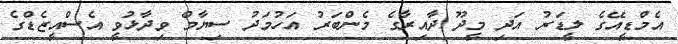
އެމްޑީއޭގެ ލީޑަރު އަދި މީދޫ ދާއިރާގެ މެންބަރު އަހުމަދު ސިޔާމް ވިދާޅުވީ އެސްއީޒެޑްގެ